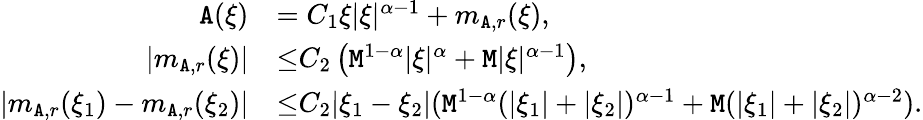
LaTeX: \begin{array}{rl}{\mathtt{A}(\xi)}&{=C_{1}\xi|\xi|^{\alpha-1}+m_{\mathtt{A},r}(\xi),}\\ {|m_{\mathtt{A},r}(\xi)|}&{{\le}C_{2}\left(\mathtt{M}^{1-\alpha}|\xi|^{\alpha}+\mathtt{M}|\xi|^{\alpha-1}\right),}\\ {|m_{\mathtt{A},r}(\xi_{1})-m_{\mathtt{A},r}(\xi_{2})|}&{{\le}C_{2}|\xi_{1}-\xi_{2}|(\mathtt{M}^{1-\alpha}(|\xi_{1}|+|\xi_{2}|)^{\alpha-1}+\mathtt{M}(|\xi_{1}|+|\xi_{2}|)^{\alpha-2}).}\end{array}